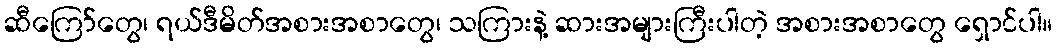
ဆီကြော်တွေ၊ ရယ်ဒီမိတ်အစားအစာတွေ၊ သကြားနဲ့ ဆားအများကြီးပါတဲ့ အစားအစာတွေ ရှောင်ပါ။